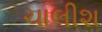
ચાલીશ